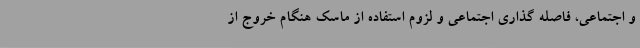
و اجتماعی، فاصله گذاری اجتماعی و لزوم استفاده از ماسک هنگام خروج از